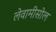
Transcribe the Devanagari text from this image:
लेवामीसोल